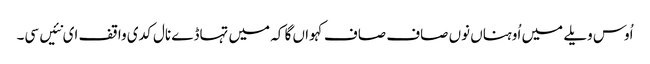
اُوس ویلے میں اُوہناں نوں صاف صاف کہواں گا کہ میں تہاڈے نال کدی واقف ای نئیں سی۔